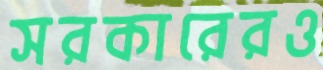
সরকারেরও